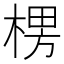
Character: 𣕶